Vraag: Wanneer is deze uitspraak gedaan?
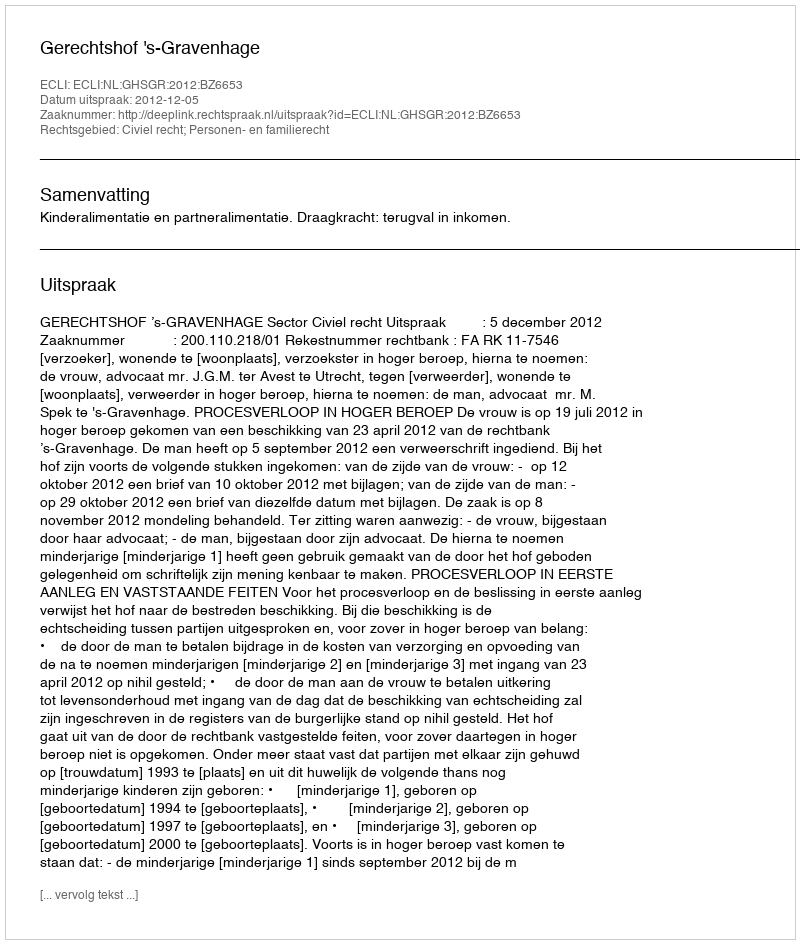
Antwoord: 2012-12-05